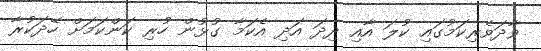
ވާދަވެރިކަމުގައި ކުލަ އާއި ދިދަ އަދި އެކަމާ ގުޅުން ހުރި ކަންކަމަށް ހޭދަކުރާ